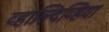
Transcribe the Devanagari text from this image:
व्हाल्दिव्हिया